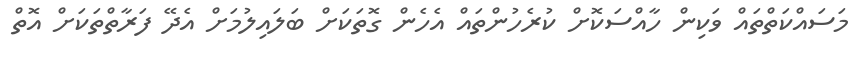
މަސައްކަތްތައް ވަކިން ހާއްސަކޮށް ކުރެހުންތައް އެހެން ގޮތަކަށް ބަލައިލުމަށް އެދޭ ފަރާތްތަކަށް އޮތް